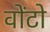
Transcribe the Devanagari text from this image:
वोंटो